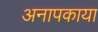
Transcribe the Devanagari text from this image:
अनापकाया